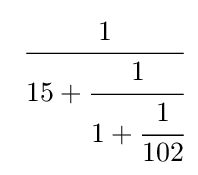
\ {\cfrac {1}{15+{\cfrac {1}{1+{\cfrac {1}{102}}}}}}